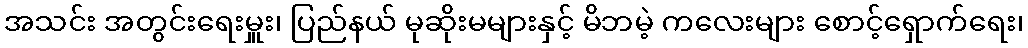
အသင်း အတွင်းရေးမှူး၊ ပြည်နယ် မုဆိုးမများနှင့် မိဘမဲ့ ကလေးများ စောင့်ရှောက်ရေး၊